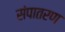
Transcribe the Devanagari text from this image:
संपातरण